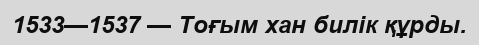
1533—1537 — Тоғым хан билік құрды.